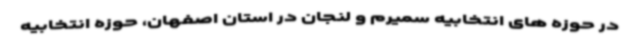
در حوزه های انتخابیه سمیرم و لنجان در استان اصفهان، حوزه انتخابیه